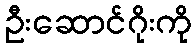
ဦးဆောင်ဂိုးကို